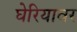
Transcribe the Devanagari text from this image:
घेरियावर